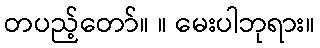
တပည့်တော်။ ။ မေးပါဘုရား။